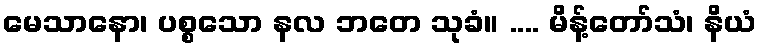
မေသာနော၊ ပစ္စသော နလ ဘတေ သုခံ။ .... မိန့်တော်သံ၊ နိယံ